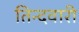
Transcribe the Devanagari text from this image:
तिन्‍दवारी